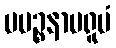
ပပဉ္စနာမရူပံ